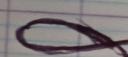
Signature authenticity: forged